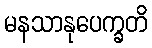
မနသာနုပေက္ခတိ